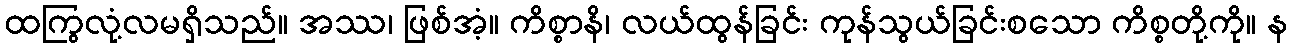
ထကြွလုံ့လမရှိသည်။ အဿ၊ ဖြစ်အံ့။ ကိစ္စာနိ၊ လယ်ထွန်ခြင်း ကုန်သွယ်ခြင်းစသော ကိစ္စတို့ကို။ န